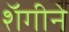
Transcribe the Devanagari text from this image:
शॅगीने